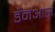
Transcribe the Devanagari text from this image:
डैनेआस